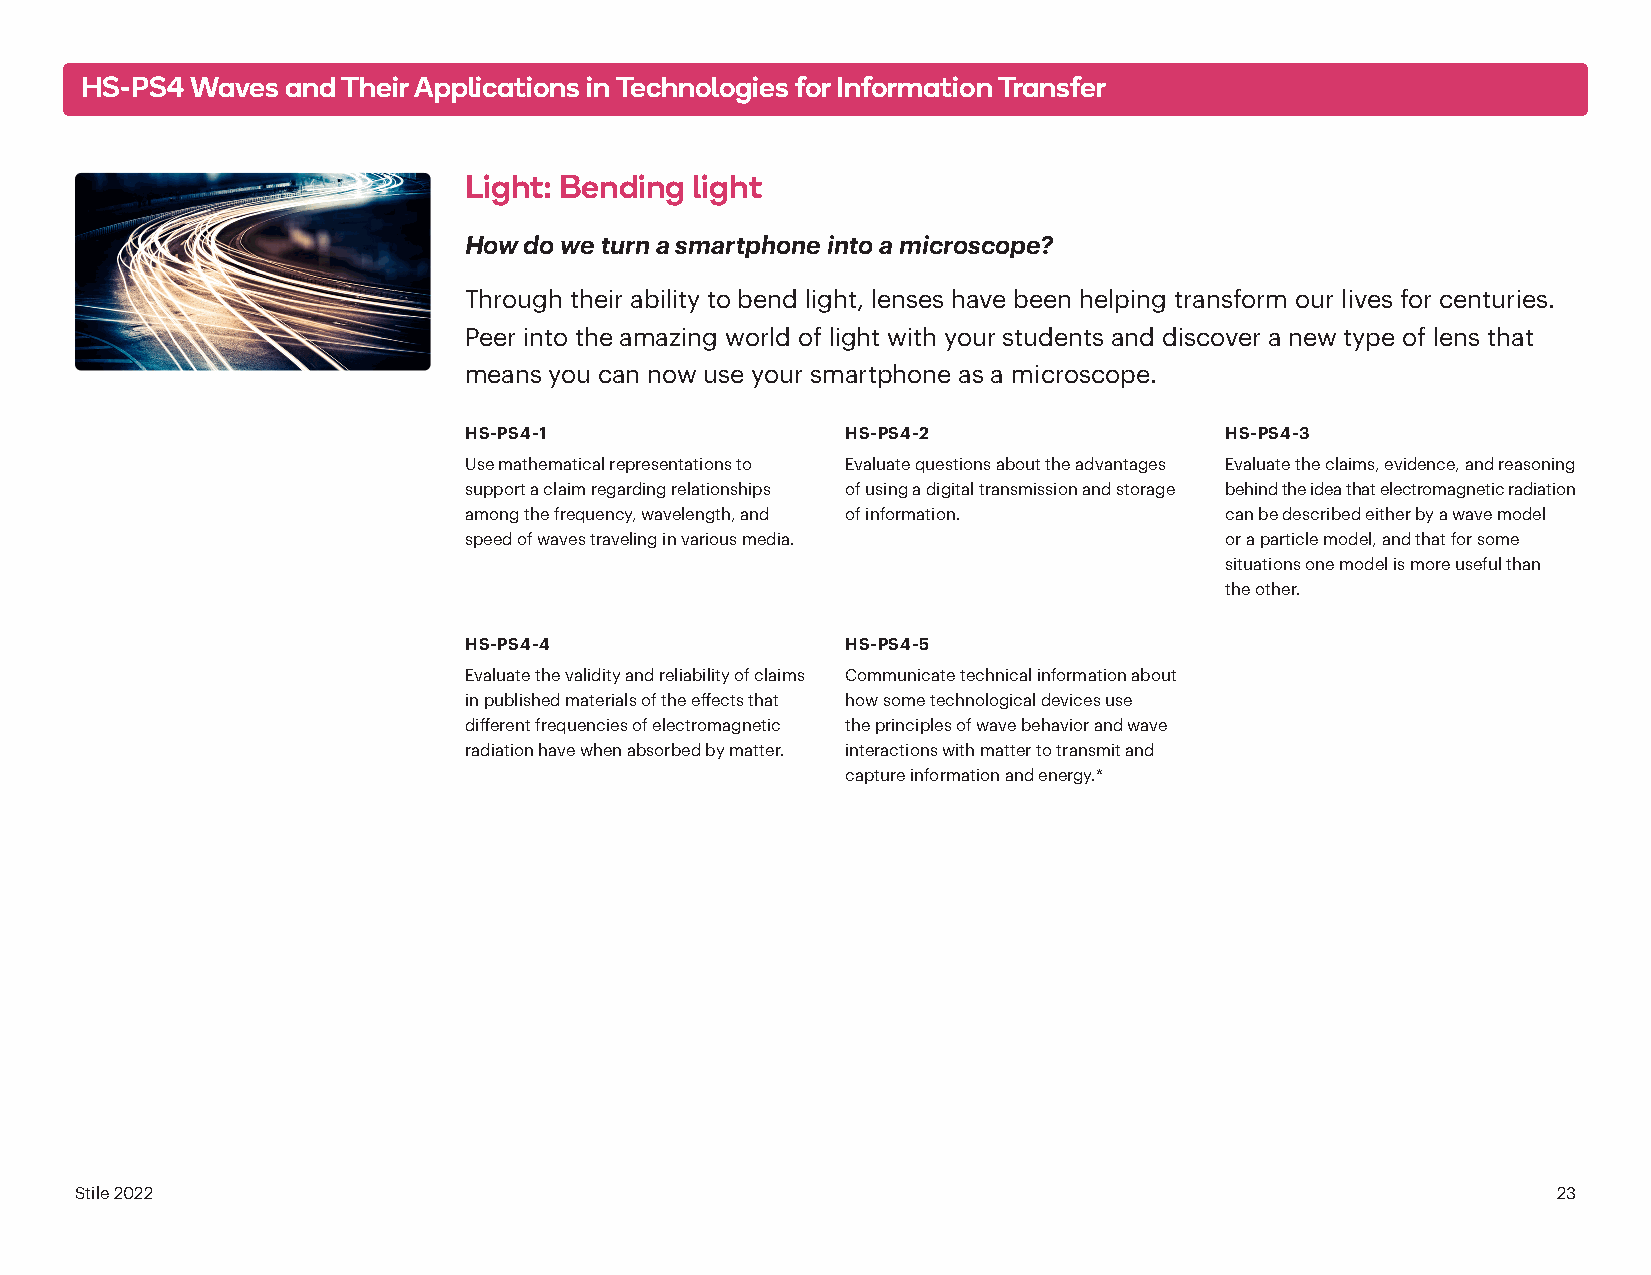
HS-PS4  Waves and Their Applications in Technologies for Information Transfer
 Light: Bending light
 How do we turn a smartphone into a microscope?
 Through their ability to bend light, lenses have been helping transform our lives for centuries.
 Peer into the amazing world of light with your students and discover a new type of lens that
 means you can now use your smartphone as a microscope.
 HS-PS4-1                 HS-PS4-2                 HS-PS4-3
 Use mathematical representations to Evaluate questions about the advantages Evaluate the claims, evidence, and reasoning
 support a claim regarding relationships of using a digital transmission and storage behind the idea that electromagnetic radiation
 among the frequency, wavelength, and of information. can be described either by a wave model
 speed of waves traveling in various media.        or a particle model, and that for some
 situations one model is more useful than
 the other.
 HS-PS4-4                 HS-PS4-5
 Evaluate the validity and reliability of claims Communicate technical information about
 in published materials of the effects that how some technological devices use
 different frequencies of electromagnetic the principles of wave behavior and wave
 radiation have when absorbed by matter. interactions with matter to transmit and
 capture information and energy.*
 Stile 2022                                                                                        23